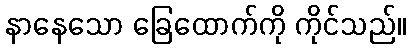
နာနေသော ခြေထောက်ကို ကိုင်သည်။